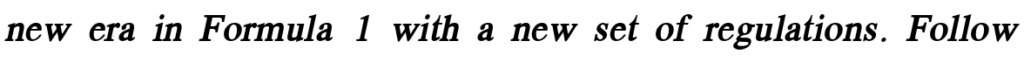
new era in Formula 1 with a new set of regulations. Follow